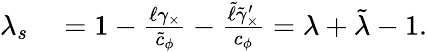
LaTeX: \begin{array}{rl}{\lambda_{s}}&{{}=1-\frac{\ell\gamma_{\times}}{\tilde{c}_{\phi}}-\frac{\tilde{\ell}\tilde{\gamma}_{\times}^{\prime}}{c_{\phi}}=\lambda+\tilde{\lambda}-1.}\end{array}